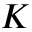
K